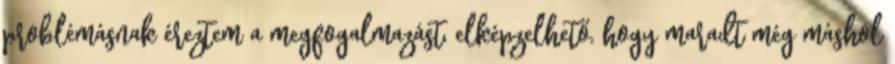
problémásnak éreztem a megfogalmazást, elképzelhető, hogy maradt még máshol